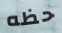
حظه